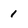
Character: 1